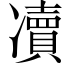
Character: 凟